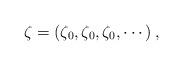
LaTeX: \begin{align*}\zeta_{} = \left(\zeta_0, \zeta_0, \zeta_0, \cdots \right), \end{align*}